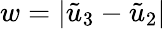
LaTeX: w=|\tilde{u}_{3}-\tilde{u}_{2}|